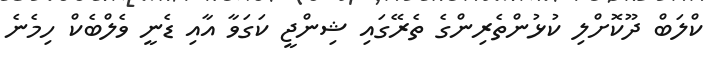
ކްލަބް ދޫކޮށްލި ކުޅުންތެރިންގެ ތެރޭގައި ޝިންޖީ ކަގަވާ އާއި ޑެނީ ވެލްބެކް ހިމެނެ